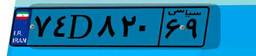
۷۴D۸۲۰۶۹